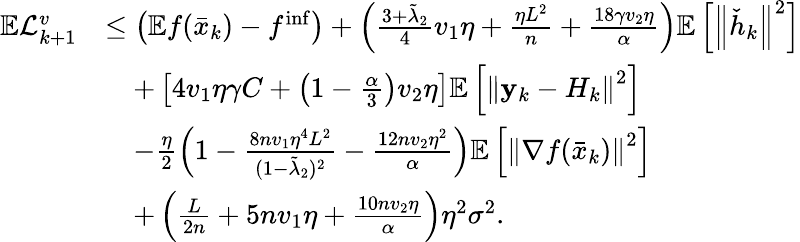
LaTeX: \begin{array}{rl}{\mathbb{E}\mathcal{L}_{k+1}^{v}}&{\leq\left(\mathbb{E}f(\bar{x}_{k})-f^{\mathrm{inf}}\right)+\left(\frac{3+\tilde{\lambda}_{2}}{4}v_{1}\eta+\frac{\eta L^{2}}{n}+\frac{18\gamma v_{2}\eta}{\alpha}\right)\mathbb{E}\left[\left\Vert\check{h}_{k}\right\Vert^{2}\right]}\\ &{\quad+\left[4v_{1}\eta\gamma C+\left(1-\frac{\alpha}{3}\right)v_{2}\eta\right]\mathbb{E}\left[\left\Vert\mathbf{y}_{k}-H_{k}\right\Vert^{2}\right]}\\ &{\quad-\frac{\eta}{2}\left(1-\frac{8nv_{1}\eta^{4}L^{2}}{(1-\tilde{\lambda}_{2})^{2}}-\frac{12nv_{2}\eta^{2}}{\alpha}\right)\mathbb{E}\left[\left\Vert\nabla f(\bar{x}_{k})\right\Vert^{2}\right]}\\ &{\quad+\left(\frac{L}{2n}+5nv_{1}\eta+\frac{10nv_{2}\eta}{\alpha}\right)\eta^{2}\sigma^{2}.}\end{array}